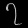
Digit: ၇